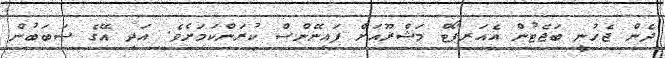
ދެން ޖެހުނީ ބަޖެޓުން އެއަރޕޯޓް މަޝްރޫއަށް ފައިނޭންސް ކުރަންކަމަށެވެ. އަދި އޭގެ ސަބަބުން